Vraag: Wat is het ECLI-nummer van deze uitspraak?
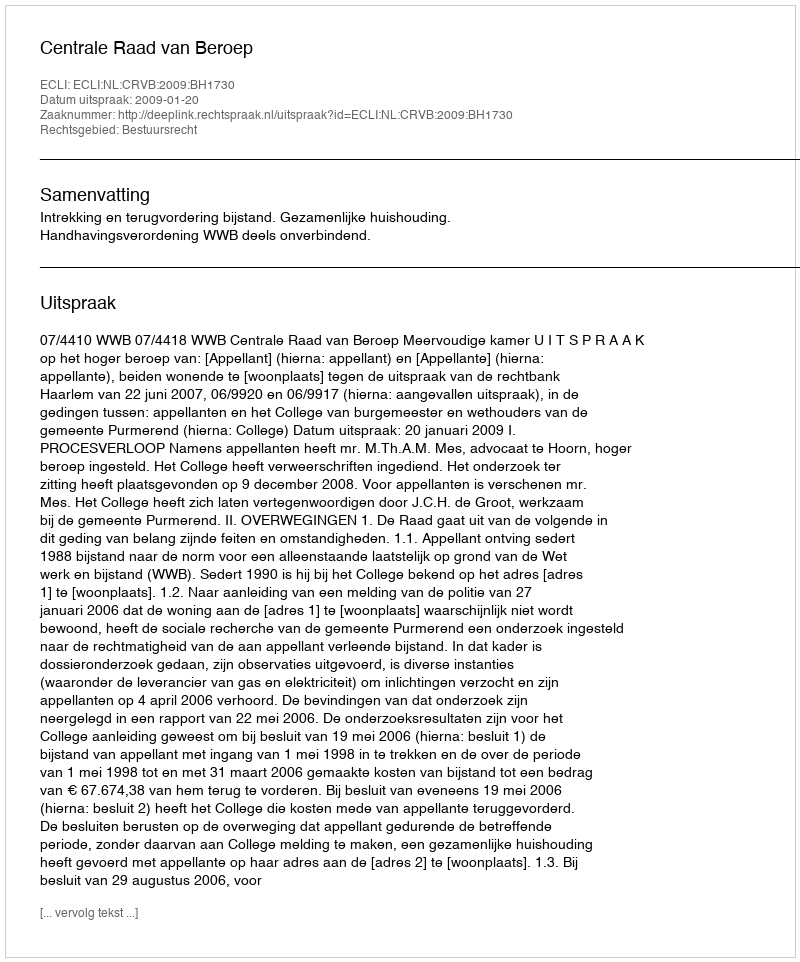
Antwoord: ECLI:NL:CRVB:2009:BH1730